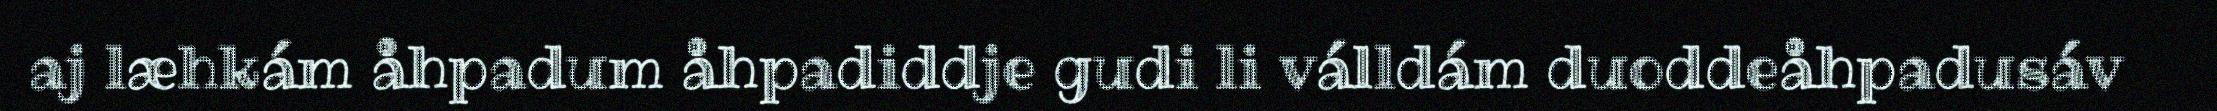
aj læhkám åhpadum åhpadiddje gudi li válldám duoddeåhpadusáv